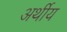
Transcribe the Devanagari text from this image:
अर्थीय